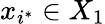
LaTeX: x_{i^{\ast}}\in X_{1}